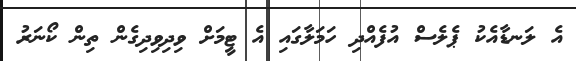
އެ ލަނޑާއެކު ޕެލެސް އުފެއްދި ހަމަލާގައި އެ ޓީމަށް ވިދިވިދިގެން ތިން ކޯނަރު